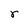
Character: r